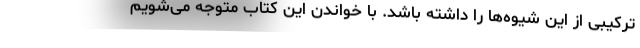
ترکیبی از این شیوه‌ها را داشته باشد. با خواندن این کتاب متوجه می‌شویم